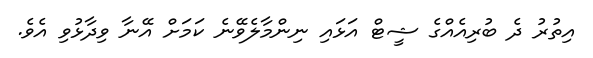
އިތުރު ދެ ބުރިއެއްގެ ޝީޓް އަޅައި ނިންމާލެވޭނެ ކަމަށް އޭނާ ވިދާޅުވި އެވެ.